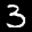
Label: 3